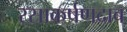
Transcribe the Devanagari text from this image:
रसाकर्षणदाब